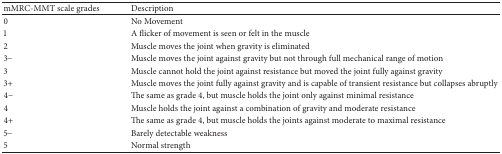
<table><thead><tr><td><b>mMRC-MMT scale grades</b></td><td><b>Description</b></td></tr></thead><tbody><tr><td>0</td><td>No Movement</td></tr><tr><td>1</td><td>A flicker of movement is seen or felt in the muscle</td></tr><tr><td>2</td><td>Muscle moves the joint when gravity is eliminated</td></tr><tr><td>3−</td><td>Muscle moves the joint against gravity but not through full mechanical range of motion</td></tr><tr><td>3</td><td>Muscle cannot hold the joint against resistance but moved the joint fully against gravity</td></tr><tr><td>3+</td><td>Muscle moves the joint fully against gravity and is capable of transient resistance but collapses abruptly</td></tr><tr><td>4−</td><td>The same as grade 4, but muscle holds the joint only against minimal resistance</td></tr><tr><td>4</td><td>Muscle holds the joint against a combination of gravity and moderate resistance</td></tr><tr><td>4+</td><td>The same as grade 4, but muscle holds the joints against moderate to maximal resistance</td></tr><tr><td>5−</td><td>Barely detectable weakness</td></tr><tr><td>5</td><td>Normal strength</td></tr></tbody></table>